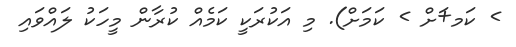
> ކަމ+ަށް > ކަމަށް). މި އަކުރަކީ ކަމެއް ކުރާން މީހަކު ލައްވައި